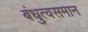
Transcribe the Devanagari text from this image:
बंधुत्वसमान